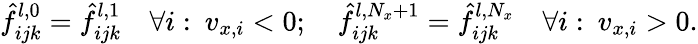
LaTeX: \hat{f}_{ijk}^{l,0}=\hat{f}_{ijk}^{l,1}\quad\forall i:\: v_{x,i}<0;\quad\hat{f}_{ijk}^{l,N_{x}+1}=\hat{f}_{ijk}^{l,N_{x}}\quad\forall i:\: v_{x,i}>0.